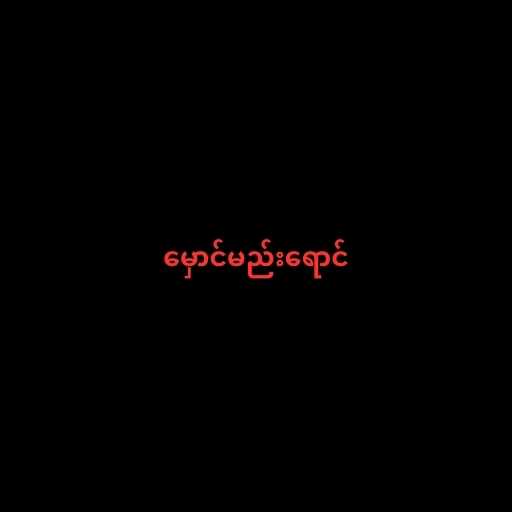
မှောင်မည်းရောင်